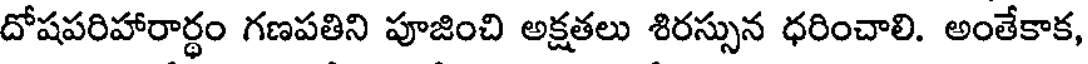
దోషపరిహారార్థం గణపతిని పూజించి అక్షతలు శిరస్సున ధరించాలి. అంతేకాక,